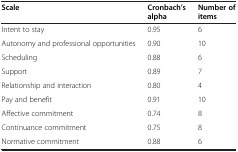
| Scale | Cronbach’s alpha | Number of items |
 | --- | --- | --- |
 | Intent to stay | 0.95 | 6 |
 | Autonomy and professional opportunities | 0.90 | 10 |
 | Scheduling | 0.88 | 6 |
 | Support | 0.89 | 7 |
 | Relationship and interaction | 0.80 | 4 |
 | Pay and benefit | 0.91 | 10 |
 | Affective commitment | 0.74 | 8 |
 | Continuance commitment | 0.75 | 8 |
 | Normative commitment | 0.88 | 6 |